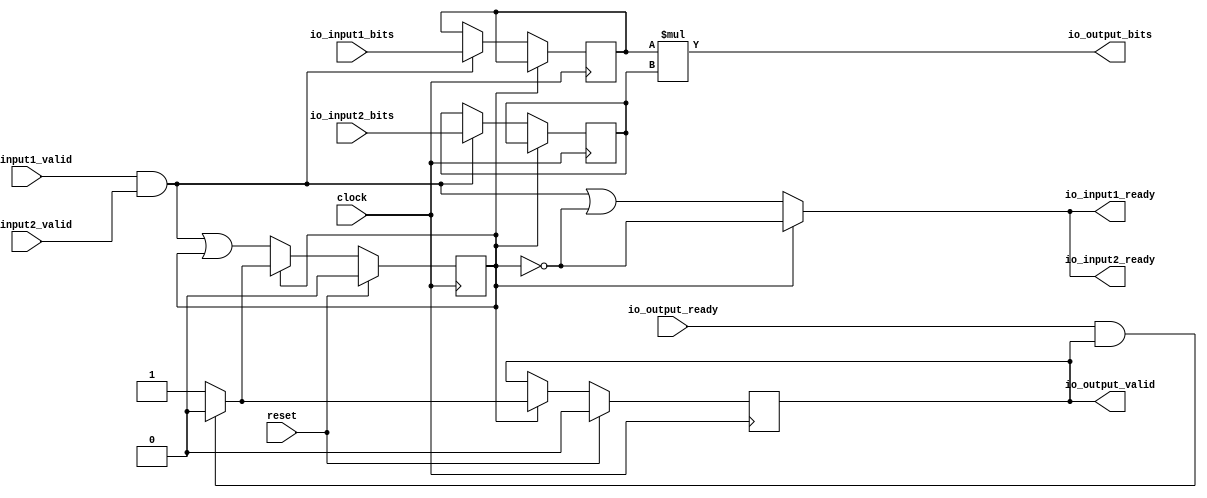
module Mul(
  input         clock,
  input         reset,
  output        io_input1_ready,
  input         io_input1_valid,
  input  [27:0] io_input1_bits,
  output        io_input2_ready,
  input         io_input2_valid,
  input  [27:0] io_input2_bits,
  input         io_output_ready,
  output        io_output_valid,
  output [55:0] io_output_bits
);
`ifdef RANDOMIZE_REG_INIT
  reg [31:0] _RAND_0;
  reg [31:0] _RAND_1;
  reg [31:0] _RAND_2;
  reg [31:0] _RAND_3;
`endif // RANDOMIZE_REG_INIT
  reg [27:0] x; // @[arithmetic.scala 63:26]
  reg [27:0] y; // @[arithmetic.scala 64:26]
  reg  busy; // @[arithmetic.scala 65:30]
  reg  resultValid; // @[arithmetic.scala 66:30]
  wire  _io_input1_ready_T = ~busy; // @[arithmetic.scala 68:24]
  wire  _GEN_2 = io_input1_valid & io_input2_valid | ~busy; // @[Decoupled.scala 81:20 arithmetic.scala 68:21 82:51]
  wire  _GEN_6 = io_input1_valid & io_input2_valid | busy; // @[arithmetic.scala 82:51 89:18 65:30]
  assign io_input1_ready = busy ? ~busy : _GEN_2; // @[arithmetic.scala 73:17 68:21]
  assign io_input2_ready = busy ? _io_input1_ready_T : _GEN_2; // @[arithmetic.scala 73:17 69:21]
  assign io_output_valid = resultValid; // @[arithmetic.scala 70:21]
  assign io_output_bits = x * y; // @[arithmetic.scala 74:28]
  always @(posedge clock) begin
    if (!(busy)) begin // @[arithmetic.scala 73:17]
      if (io_input1_valid & io_input2_valid) begin // @[arithmetic.scala 82:51]
        x <= io_input1_bits; // @[arithmetic.scala 86:15]
      end
    end
    if (!(busy)) begin // @[arithmetic.scala 73:17]
      if (io_input1_valid & io_input2_valid) begin // @[arithmetic.scala 82:51]
        y <= io_input2_bits; // @[arithmetic.scala 87:15]
      end
    end
    if (reset) begin // @[arithmetic.scala 65:30]
      busy <= 1'h0; // @[arithmetic.scala 65:30]
    end else if (busy) begin // @[arithmetic.scala 73:17]
      if (io_output_ready & resultValid) begin // @[arithmetic.scala 77:49]
        busy <= 1'h0; // @[arithmetic.scala 78:18]
      end
    end else begin
      busy <= _GEN_6;
    end
    if (reset) begin // @[arithmetic.scala 66:30]
      resultValid <= 1'h0; // @[arithmetic.scala 66:30]
    end else if (busy) begin // @[arithmetic.scala 73:17]
      if (io_output_ready & resultValid) begin // @[arithmetic.scala 77:49]
        resultValid <= 1'h0; // @[arithmetic.scala 79:25]
      end else begin
        resultValid <= 1'h1; // @[arithmetic.scala 75:21]
      end
    end
  end
// Register and memory initialization
`ifdef RANDOMIZE_GARBAGE_ASSIGN
`define RANDOMIZE
`endif
`ifdef RANDOMIZE_INVALID_ASSIGN
`define RANDOMIZE
`endif
`ifdef RANDOMIZE_REG_INIT
`define RANDOMIZE
`endif
`ifdef RANDOMIZE_MEM_INIT
`define RANDOMIZE
`endif
`ifndef RANDOM
`define RANDOM $random
`endif
`ifdef RANDOMIZE_MEM_INIT
  integer initvar;
`endif
`ifndef SYNTHESIS
`ifdef FIRRTL_BEFORE_INITIAL
`FIRRTL_BEFORE_INITIAL
`endif
initial begin
  `ifdef RANDOMIZE
    `ifdef INIT_RANDOM
      `INIT_RANDOM
    `endif
    `ifndef VERILATOR
      `ifdef RANDOMIZE_DELAY
        #`RANDOMIZE_DELAY begin end
      `else
        #0.002 begin end
      `endif
    `endif
`ifdef RANDOMIZE_REG_INIT
  _RAND_0 = {1{`RANDOM}};
  x = _RAND_0[27:0];
  _RAND_1 = {1{`RANDOM}};
  y = _RAND_1[27:0];
  _RAND_2 = {1{`RANDOM}};
  busy = _RAND_2[0:0];
  _RAND_3 = {1{`RANDOM}};
  resultValid = _RAND_3[0:0];
`endif // RANDOMIZE_REG_INIT
  `endif // RANDOMIZE
end // initial
`ifdef FIRRTL_AFTER_INITIAL
`FIRRTL_AFTER_INITIAL
`endif
`endif // SYNTHESIS
endmodule